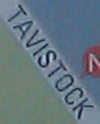
TAVISTOCK